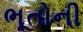
ભૂતોની